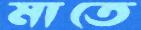
মাতে